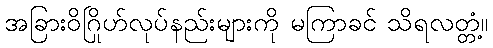
အခြားဝိဂြိုဟ်လုပ်နည်းများကို မကြာခင် သိရလတ္တံ့။